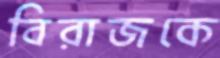
বিরাজকে